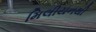
મિલીયનથી